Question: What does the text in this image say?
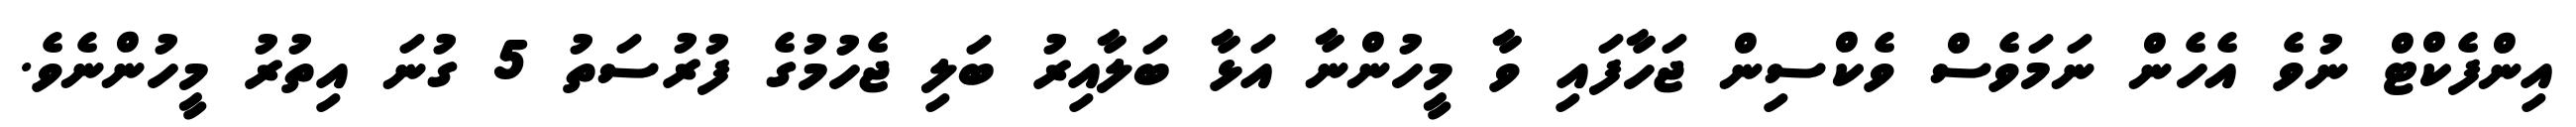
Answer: އިންފެކްޓް ނުވެ އެހެން ނަމަވެސް ވެކްސިން ޖަހާފައި ވާ މީހުންނާ އަޅާ ބަލާއިރު ބަލި ޖެހުމުގެ ފުރުސަތު 5 ގުނަ އިތުރު މީހުންނެވެ.